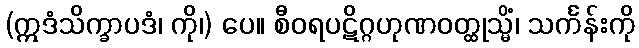
(ဣဒံသိက္ခာပဒံ၊ ကို၊) ပေ။ စီဝရပဋိဂ္ဂဟုဏဝတ္ထုသ္မိံ၊ သင်္ကန်းကို